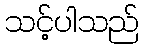
သင့်ပါသည်